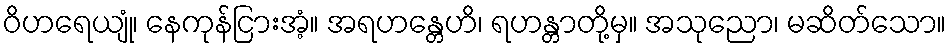
ဝိဟရေယျုံ၊ နေကုန်ငြားအံ့။ အရဟန္တေဟိ၊ ရဟန္တာတို့မှ။ အသုညော၊ မဆိတ်သော။